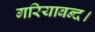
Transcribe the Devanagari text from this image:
गरियाबन्द।